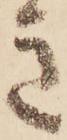
き